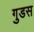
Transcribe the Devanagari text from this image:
गुडस